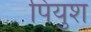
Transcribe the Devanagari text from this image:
पियुश